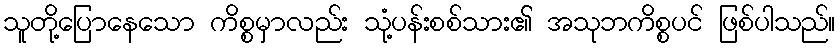
သူတို့ပြောနေသော ကိစ္စမှာလည်း သုံ့ပန်းစစ်သား၏ အသုဘကိစ္စပင် ဖြစ်ပါသည်။